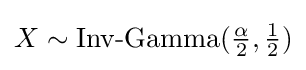
X\sim {\mbox{Inv-Gamma}}({\tfrac {\alpha }{2}},{\tfrac {1}{2}})